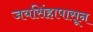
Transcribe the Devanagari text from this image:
जयसिंहापासून